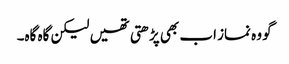
گو وہ نماز اب بھی پڑھتی تھیں لیکن گاہ گاہ۔